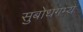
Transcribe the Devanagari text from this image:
सुबोधगम्य